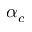
\alpha _ { c }